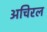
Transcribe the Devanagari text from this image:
अचिरल